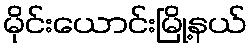
မိုင်းယောင်းမြို့နယ်